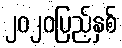
၂၀၂၀ပြည့်နှစ်